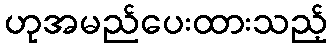
ဟုအမည်ပေးထားသည့်